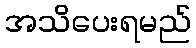
အသိပေးရမည်